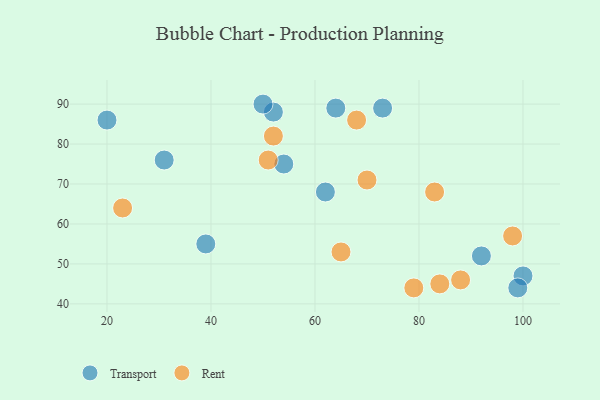
{"axis": {"x": "GDP", "y": "Life Expectancy"}, "legend": ["Rent", "Transport"], "data": [{"x": "20", "y": 86, "type": "Transport"}, {"x": "54", "y": 75, "type": "Transport"}, {"x": "52", "y": 88, "type": "Transport"}, {"x": "100", "y": 47, "type": "Transport"}, {"x": "99", "y": 44, "type": "Transport"}, {"x": "39", "y": 55, "type": "Transport"}, {"x": "62", "y": 68, "type": "Transport"}, {"x": "73", "y": 89, "type": "Transport"}, {"x": "92", "y": 52, "type": "Transport"}, {"x": "31", "y": 76, "type": "Transport"}, {"x": "50", "y": 90, "type": "Transport"}, {"x": "64", "y": 89, "type": "Transport"}, {"x": "23", "y": 64, "type": "Rent"}, {"x": "51", "y": 76, "type": "Rent"}, {"x": "98", "y": 57, "type": "Rent"}, {"x": "65", "y": 53, "type": "Rent"}, {"x": "83", "y": 68, "type": "Rent"}, {"x": "70", "y": 71, "type": "Rent"}, {"x": "68", "y": 86, "type": "Rent"}, {"x": "79", "y": 44, "type": "Rent"}, {"x": "88", "y": 46, "type": "Rent"}, {"x": "52", "y": 82, "type": "Rent"}, {"x": "84", "y": 45, "type": "Rent"}]}